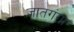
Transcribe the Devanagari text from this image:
जातगंगा